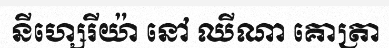
នីហ្សេរីយ៉ា នៅ ឈីណា គោត្រា